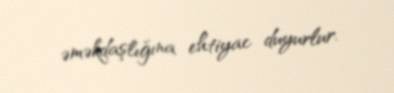
əməkdaşlığına ehtiyac duyurlur.